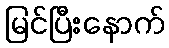
မြင်ပြီးနောက်